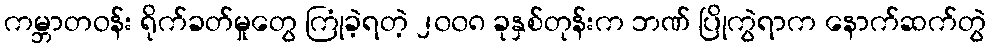
ကမ္ဘာတဝန်း ရိုက်ခတ်မှုတွေ ကြုံခဲ့ရတဲ့ ၂၀၀၈ ခုနှစ်တုန်းက ဘဏ် ပြိုကွဲရာက နောက်ဆက်တွဲ